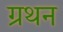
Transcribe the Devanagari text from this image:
ग्रथन